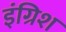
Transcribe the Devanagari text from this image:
इंग्रिश